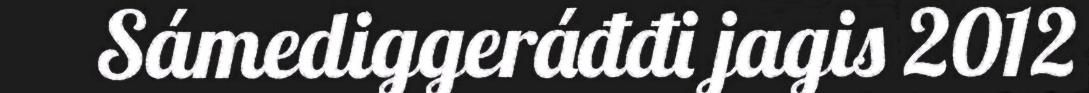
Sámediggeráđđi jagis 2012